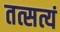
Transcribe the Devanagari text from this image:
तत्सत्यं